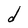
Character: d